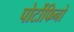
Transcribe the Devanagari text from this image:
पोर्टोफिनो